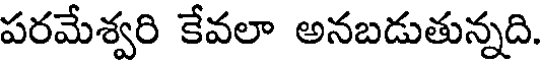
పరమేశ్వరి కేవలా అనబడుతున్నది.